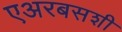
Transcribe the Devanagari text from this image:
एअरबसशी